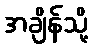
အချိန်သို့